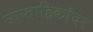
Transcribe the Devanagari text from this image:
साप्ताहिकांवर